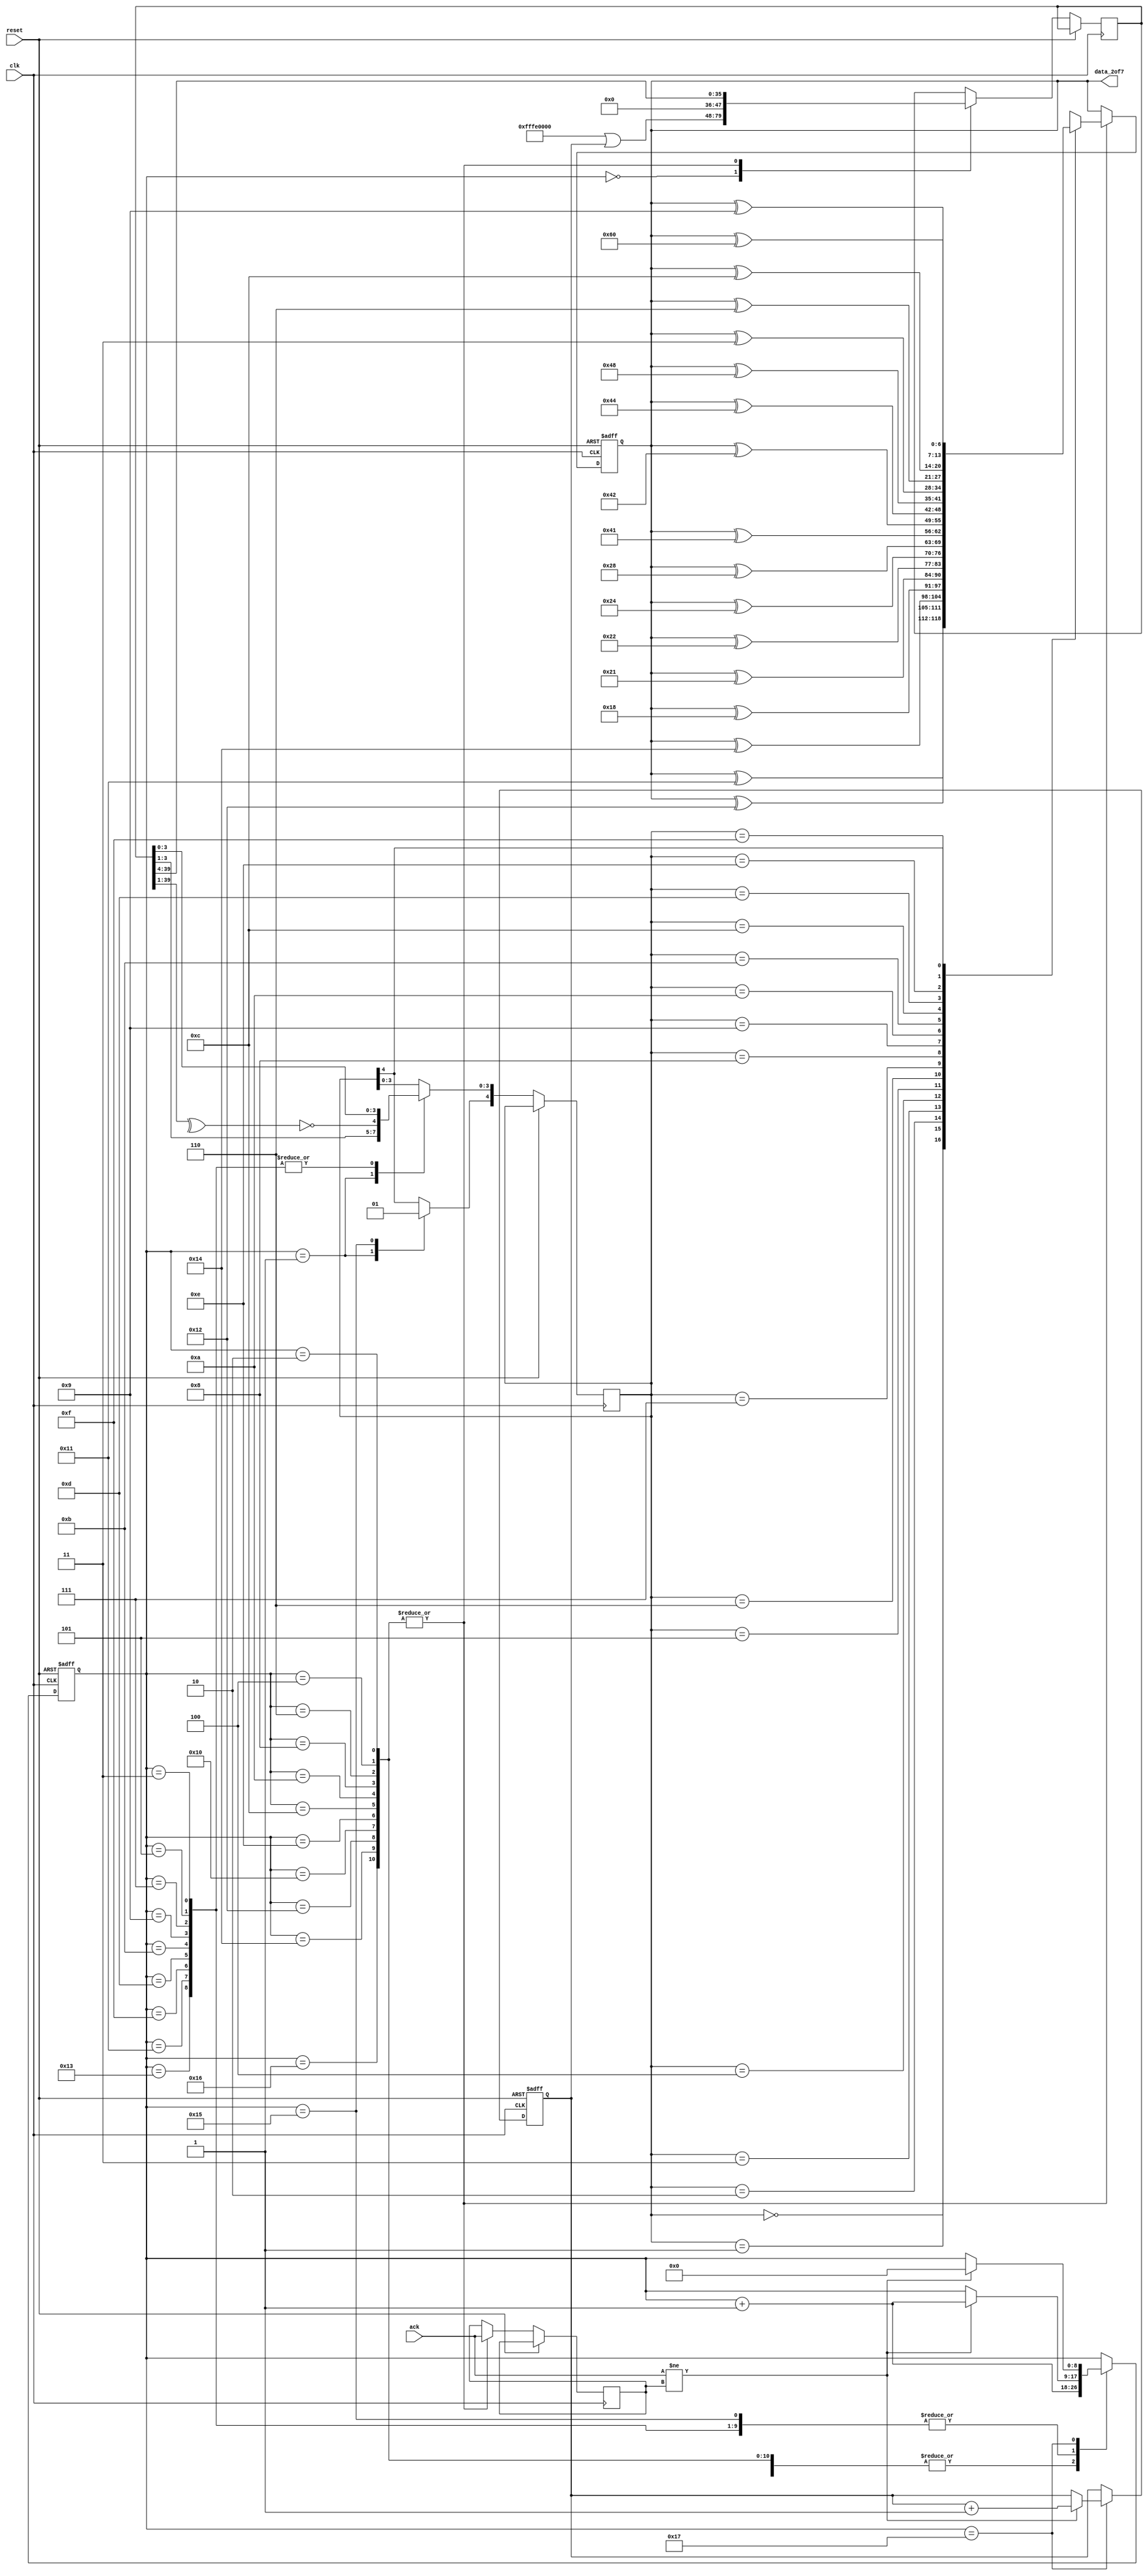
`timescale 1ns / 1ps

module spio_spinnaker_link_packet_gen
(
    clk,
    reset,
    data_2of7,
    ack
//    gen_data
);

input         reset;
input         clk;
output [6:0]  data_2of7;
input         ack;
//input  [31:0] gen_data;


///////////////////////////////////////////////////////////////////
// 2 of 7 packet generator


// Packet generator state machine //

reg  [8:0]  gen_state;
reg  [6:0]  data_2of7;
reg  [4:0]  quibble;
reg  [39:0] packet;
reg         old_ack;

reg [15:0] cnt;
   

initial     gen_state = 0;
initial     data_2of7 = 0;
//#parameter   gen_data = 'h76543210;
parameter   gen_data = 32'hFFFE0000;
parameter   gen_header = 8'h00;

always @(posedge clk or posedge reset)
 begin
 if(reset == 1)
  begin
   gen_state <= 0;
   data_2of7<= 0;
   cnt <= 0;
  end
 else
  case(gen_state)
        0 :   begin
//#	       packet <= {gen_data, 8'h0}; //create spinnaker packet
	       packet <= {(gen_data | cnt), gen_header}; //create spinnaker packet
	       gen_state <= gen_state + 1;
	      end
	1 :   begin
               quibble <= {1'b0, packet[3:1], ~(^packet[39:1])};         			 
	       gen_state <= gen_state + 1;
	      end
  	2, 4, 6, 8, 10, 12, 14, 16, 18, 20, 22
          :   begin
	       data_2of7 <= code_2of7_lut(quibble, data_2of7);     //transmit 2of7 code to spinnaker
	       packet <= packet >> 4;                              //shift the next packet nibble down	 
	       old_ack <= ack;
	       gen_state <= gen_state + 1;
	      end
        3, 5, 7, 9, 11, 13, 15, 17, 19 // set the nibble 
           :  begin
	       quibble[3:0] <= packet[3:0];
	       if(ack != old_ack) gen_state <= gen_state +1; //wait for ack from spinnaker
	      end
	21 :   begin // set eop
                quibble[4] <= 1;
	        if(ack != old_ack) gen_state <= gen_state +1;
	       end
	23 :  if(ack != old_ack)
              begin
                gen_state <= 0;
		cnt <= cnt + 1;
	      end 

   default:   ;
  endcase; 
 end


// Define functions

 function [6:0] code_2of7_lut ;
  input   [4:0] din;
  input   [6:0] code_2of7;

	casez(din)
		5'b00000 : code_2of7_lut = code_2of7 ^ 7'b0010001; // 0
		5'b00001 : code_2of7_lut = code_2of7 ^ 7'b0010010; // 1
		5'b00010 : code_2of7_lut = code_2of7 ^ 7'b0010100; // 2
		5'b00011 : code_2of7_lut = code_2of7 ^ 7'b0011000; // 3
		5'b00100 : code_2of7_lut = code_2of7 ^ 7'b0100001; // 4
		5'b00101 : code_2of7_lut = code_2of7 ^ 7'b0100010; // 5
		5'b00110 : code_2of7_lut = code_2of7 ^ 7'b0100100; // 6
		5'b00111 : code_2of7_lut = code_2of7 ^ 7'b0101000; // 7
		5'b01000 : code_2of7_lut = code_2of7 ^ 7'b1000001; // 8
		5'b01001 : code_2of7_lut = code_2of7 ^ 7'b1000010; // 9
		5'b01010 : code_2of7_lut = code_2of7 ^ 7'b1000100; // 10
		5'b01011 : code_2of7_lut = code_2of7 ^ 7'b1001000; // 11
		5'b01100 : code_2of7_lut = code_2of7 ^ 7'b0000011; // 12
		5'b01101 : code_2of7_lut = code_2of7 ^ 7'b0000110; // 13
		5'b01110 : code_2of7_lut = code_2of7 ^ 7'b0001100; // 14
		5'b01111 : code_2of7_lut = code_2of7 ^ 7'b0001001; // 15
		5'b1???? : code_2of7_lut = code_2of7 ^ 7'b1100000; // EOP
		default  : code_2of7_lut = 7'bxxxxxxx;
	endcase;
 endfunction;


endmodule